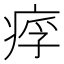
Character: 𤶖